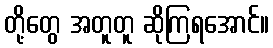
တို့တွေ အတူတူ ဆိုကြရအောင်။